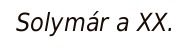
Solymár a XX.